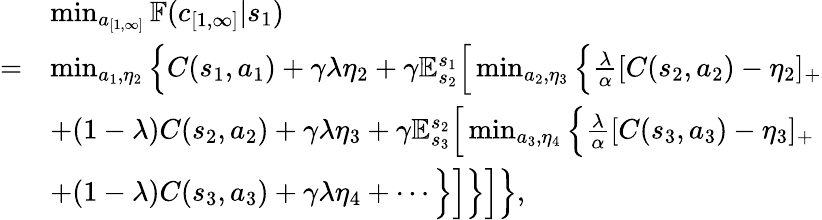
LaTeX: \begin{array}{rl}&{\operatorname*{min}_{a_{[1,\infty]}}\mathbb{F}(c_{[1,\infty]}|s_{1})}\\ {=}&{\operatorname*{min}_{a_{1},\eta_{2}}\Big\{ C(s_{1},a_{1})+\gamma\lambda\eta_{2}+\gamma\mathbb{E}_{s_{2}}^{s_{1}}\Big[\operatorname*{min}_{a_{2},\eta_{3}}\Big\{ \frac{\lambda}{\alpha}[C(s_{2},a_{2})-\eta_{2}]_{+}}\\ &{+(1-\lambda)C(s_{2},a_{2})+\gamma\lambda\eta_{3}+\gamma\mathbb{E}_{s_{3}}^{s_{2}}\Big[\operatorname*{min}_{a_{3},\eta_{4}}\Big\{ \frac{\lambda}{\alpha}[C(s_{3},a_{3})-\eta_{3}]_{+}}\\ &{+(1-\lambda)C(s_{3},a_{3})+\gamma\lambda\eta_{4}+\cdots\Big\} \Big]\Big\} \Big]\Big\} ,}\end{array}